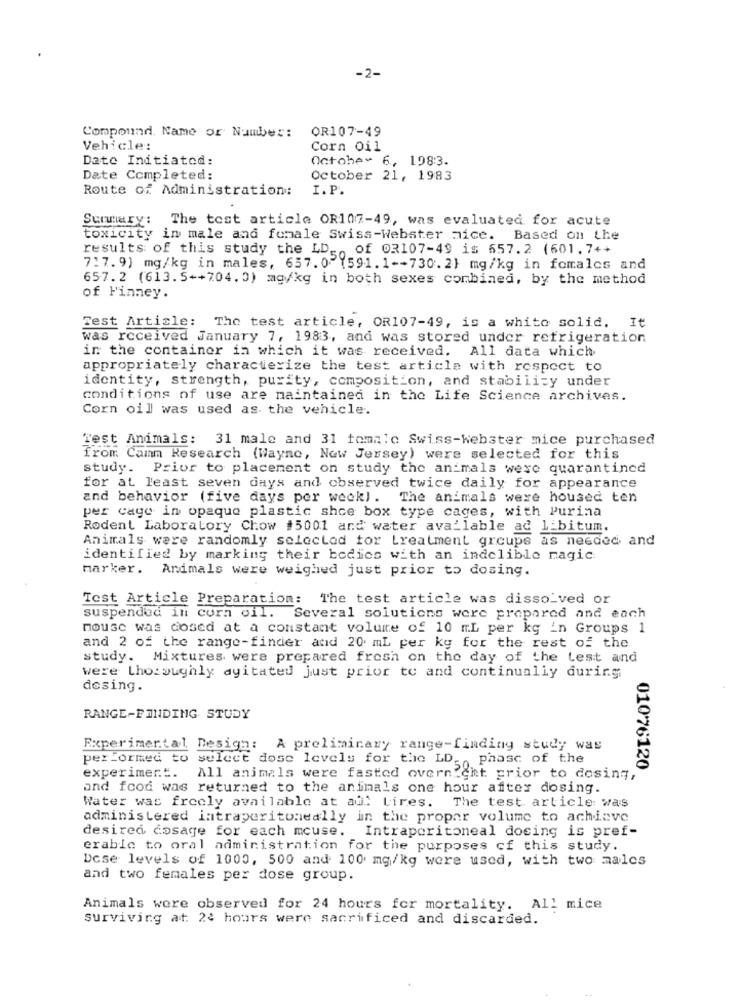
-2-
Compound. Name or Number:
OR107-49
Vehicle:
Corn Oil
Date Initiated:
October 6, 1983.
Date Completed:
October 21, 1983
Route of Administration:
I.P.
Summary: The tost article OR107-49, was evaluated for acute
toxicity in male and female Swiss-Webster aice. Based on the
results of this study the LD of 02107-49 is 657.2 (601. 7++
7:7. 9) mg/kg in males, 657.0 (591.1+-730. 2} mg/kg in females and
657. 2 (613.5++704. 0) mg/kg in both sexes combined, by the method
of Finney.
Test Article: The test article, OR107-49, is a white solid. It
was received January 7, 1983, and was stored under refrigeration
in the container in which it was received. All data which
appropriately characterize the test article with respect to
identity, strength, purity, composition, and stability under
conditions of use are maintained in the Life Science archives.
Corn oill was used as the vehicle.
Test Animals: 31 male and 31 tomalo Swiss-webster mice purchased
from Camm Research (Wayne, New Jersey) were selected for this
study. Prior to placement on study the animals were quarantined
for at least seven days and observed twice daily for appearance
and behavior (five days per week). The animals were housed ten
per cage in opaque plastic shoe box type cages, with Purina
Rodent Laboratory Chow #5001 and water available ad libitum.
Animals were randomly selected for Lreatment groups as needed, and
identified by marking their bodies with an indelible magic
marker. Animals were weighed just prior to dosing.
Test Article Preparation: The test article was dissolved or
suspended in corn oil. Several solutions were prepared and each
mouse was dosed at a constant volume of 10 mL per kg in Groups 1
and 2 of the range-finder and 20 mL per ky for the rest of the
study. Mixtures were prepared frosh on the day of the test and
were Lhoroughly agitated just prior to and continually during
desing.
RANGE-FINDING STUDY
Experimental Design: A preliminary range-finding study was
performed to select dose levels for the LD ,, phase of the
01076120
experimer.E.
All animals were fasted overnicht prior to dosing,
and food was returned to the animals one hour after dosing.
Water was freely available at auf Lires. The test article was
administered intraperitoneally in the proper volume to achieve
desired dosage for each mouse. Intraperitoneal dosing is pref-
erable to oral administration for the purposes cf this study.
Dose levels of 1000, 500 and 100 mg/kg were used, with two males
and two females per dose group.
Animals were observed for 24 hours for mortality. All mice
surviving at 24 hours were sacrificed and discarded.